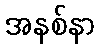
အနစ်နာ